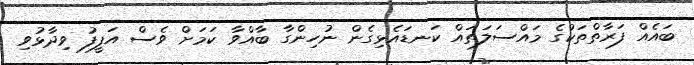
ބައެއް ފަރާތްތަކުގެ މައްސަލަތައް ކަނޑައެޅިގެން ނުހިންގާ ބާއްވާ ކަމަށް ވެސް އަފީފު ވިދާޅުވި